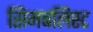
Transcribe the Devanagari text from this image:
सिमबलिस्ट